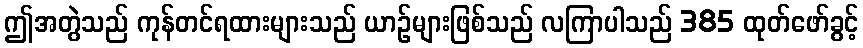
ဤအတွဲသည် ကုန်တင်ရထားများသည် ယာဉ်များဖြစ်သည် လကြာပါသည် 385 ထုတ်ဖော်ခွင့်